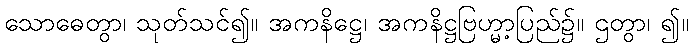
သောဓေတွာ၊ သုတ်သင်၍။ အကနိဋ္ဌေ၊ အကနိဋ္ဌဗြဟ္မာ့ပြည်၌။ ဌတွာ၊ ၍။